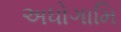
અધોગામિ